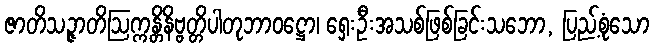
ဇာတိသဉ္ဇာတိဩက္ကန္တိနိဗ္ဗတ္တိပါတုဘာဝဋ္ဌော၊ ရှေးဦးအသစ်ဖြစ်ခြင်းသဘော, ပြည့်စုံသော